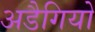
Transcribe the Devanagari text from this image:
अडैगियो